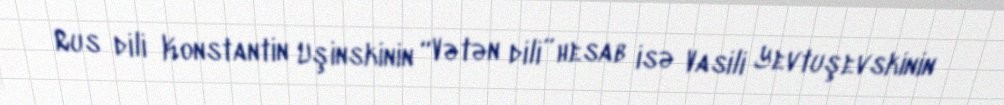
Rus dili Konstantin Uşinskinin “Vətən dili” hesab isə Vasili Yevtuşevskinin